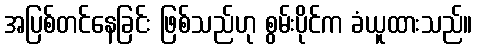
အပြစ်တင်နေခြင်း ဖြစ်သည်ဟု စွမ်းပိုင်က ခံယူထားသည်။